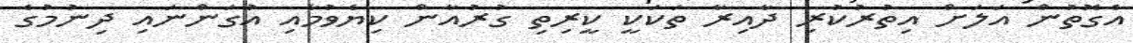
އެގޮތުން އަލަށް އިތުރުކުރި ދާއިރާ ތަކަކީ ކީރިތި ގުރުއާން ކިޔެވުމާއި އުގަންނައި ދިނުމުގެ